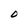
Character: O